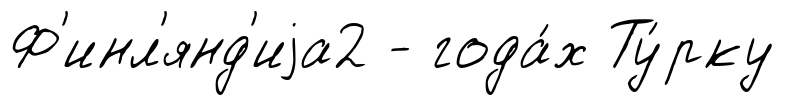
Ф'инл'янд'иjа2 - года́х Ту́рку